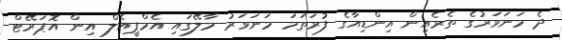
ދެ މަނަވަރުގެ ތެރެއިން އިންޑިއާގެ ފުރަތަމަ މަނަވަރު މާލޭގައި އެމްޕީއެލް އިން އޮޕަރޭޓް